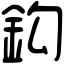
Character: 鈎